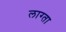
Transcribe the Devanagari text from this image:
लाग्ता